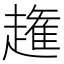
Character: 𧽳